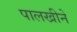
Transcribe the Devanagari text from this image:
पालखीने